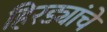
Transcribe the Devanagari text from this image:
हिरड्यांचे